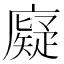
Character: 𪪧